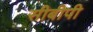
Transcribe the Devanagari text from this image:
सीबीपी